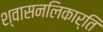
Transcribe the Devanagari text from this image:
श्वासनलिकार्ति